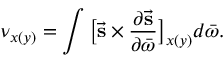
\nu _ { x ( y ) } = \int \big [ \vec { \mathbf { s } } \times \frac { \partial \vec { \mathbf { s } } } { \partial \bar { \omega } } \big ] _ { x ( y ) } d \bar { \omega } .